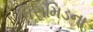
પિરામિડના